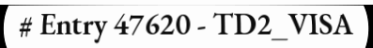
# Entry 47620 - TD2_VISA